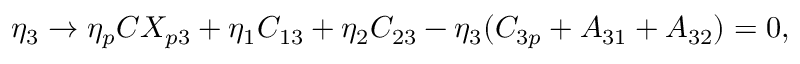
\eta _ { 3 } \rightarrow \eta _ { p } C X _ { p 3 } + \eta _ { 1 } C _ { 1 3 } + \eta _ { 2 } C _ { 2 3 } - \eta _ { 3 } ( C _ { 3 p } + A _ { 3 1 } + A _ { 3 2 } ) = 0 ,